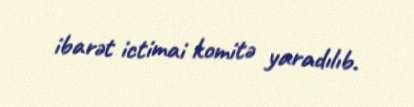
ibarət ictimai komitə yaradılıb.